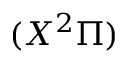
( X ^ { 2 } \Pi )